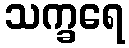
သက္ခရေ